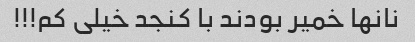
نانها خمیر بودند با کنجد خیلی کم!!!